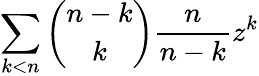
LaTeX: \sum_{k<n}{\binom{n-k}{k}}{\frac{n}{n-k}}z^{k}